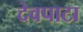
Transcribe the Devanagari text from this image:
देवपाटा